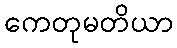
ကေတုမတိယာ